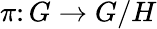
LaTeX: \pi\colon G\to G/H